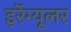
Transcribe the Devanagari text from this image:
इर्रेग्यूलर